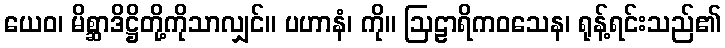
ယေဝ၊ မိစ္ဆာဒိဋ္ဌိတို့ကိုသာလျှင်။ ပဟာနံ၊ ကို။ ဩဠာရိကဝသေန၊ ရုန့်ရင်းသည်၏